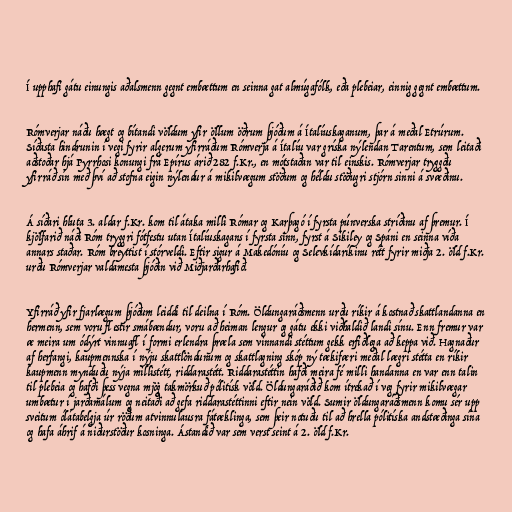
Í upphafi gátu einungis aðalsmenn gegnt embættum en seinna gat almúgafólk, eða plebeiar, einnig gegnt embættum.

Rómverjar náðu hægt og bítandi völdum yfir öllum öðrum þjóðum á Ítalíuskaganum, þar á meðal Etrúrum.
Síðasta hindrunin í vegi fyrir algerum yfirráðum Rómverja á Ítalíu var gríska nýlendan Tarentum, sem leitaði
aðstoðar hjá Pyrrhosi konungi frá Epírus árið 282 f.Kr., en mótstaðan var til einskis. Rómverjar tryggðu
yfirráð sín með því að stofna eigin nýlendur á mikilvægum stöðum og héldu stöðugri stjórn sinni á svæðinu.

Á síðari hluta 3. aldar f.Kr. kom til átaka milli Rómar og Karþagó í fyrsta púnverska stríðinu af þremur. Í
kjölfarið náði Róm tryggri fótfestu utan Ítalíuskagans í fyrsta sinn, fyrst á Sikiley og Spáni en seinna víða
annars staðar. Róm breyttist í stórveldi. Eftir sigur á Makedóníu og Selevkídaríkinu rétt fyrir miðja 2. öld f.Kr.
urðu Rómverjar valdamesta þjóðin við Miðjarðarhafið.

Yfirráð yfir fjarlægum þjóðum leiddi til deilna í Róm. Öldungaráðsmenn urðu ríkir á kostnað skattlandanna en
hermenn, sem voru flestir smábændur, voru að heiman lengur og gátu ekki viðhaldið landi sínu. Enn fremur var
æ meira um ódýrt vinnuafl í formi erlendra þræla sem vinnandi stéttum gekk erfiðlega að keppa við. Hagnaður
af herfangi, kaupmennska í nýju skattlöndunum og skattlagning skóp ný tækifæri meðal lægri stétta en ríkir
kaupmenn mynduðu nýja millistétt, riddarastétt. Riddarastéttin hafði meira fé milli handanna en var enn talin
til plebeia og hafði þess vegna mjög takmörkuð pólitísk völd. Öldungaráðið kom ítrekað í veg fyrir mikilvægar
umbætur í jarðamálum og neitaði að gefa riddarastéttinni eftir nein völd. Sumir öldungaráðsmenn komu sér upp
sveitum ólátabelgja úr röðum atvinnulausra fátæklinga, sem þeir notuðu til að hrella pólitíska andstæðinga sína
og hafa áhrif á niðurstöður kosninga. Ástandið var sem verst seint á 2. öld f.Kr.